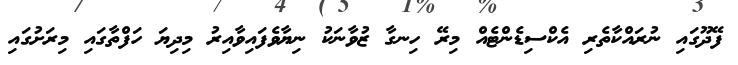
ފޭދޫގައި ނުރައްކާތެރި އެކްސިޑެންޓެއް މިރޭ ހިނގާ ޒުވާނަކު ނިޔާވެފައިވާއިރު މިދިޔަ ހަފްތާގައި މިރަށުގައި